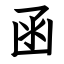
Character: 函